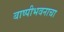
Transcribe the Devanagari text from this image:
बाष्पीभवनाचा